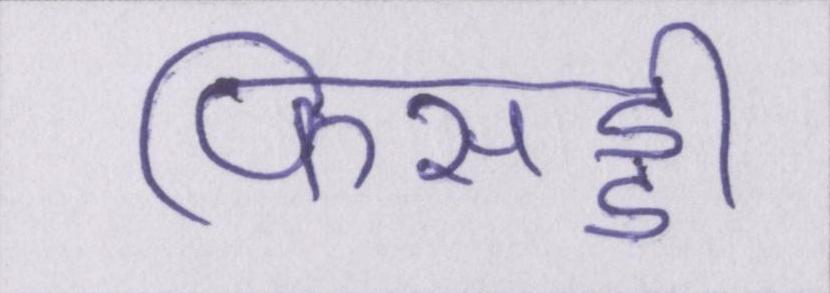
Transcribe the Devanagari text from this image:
फिसड्डी